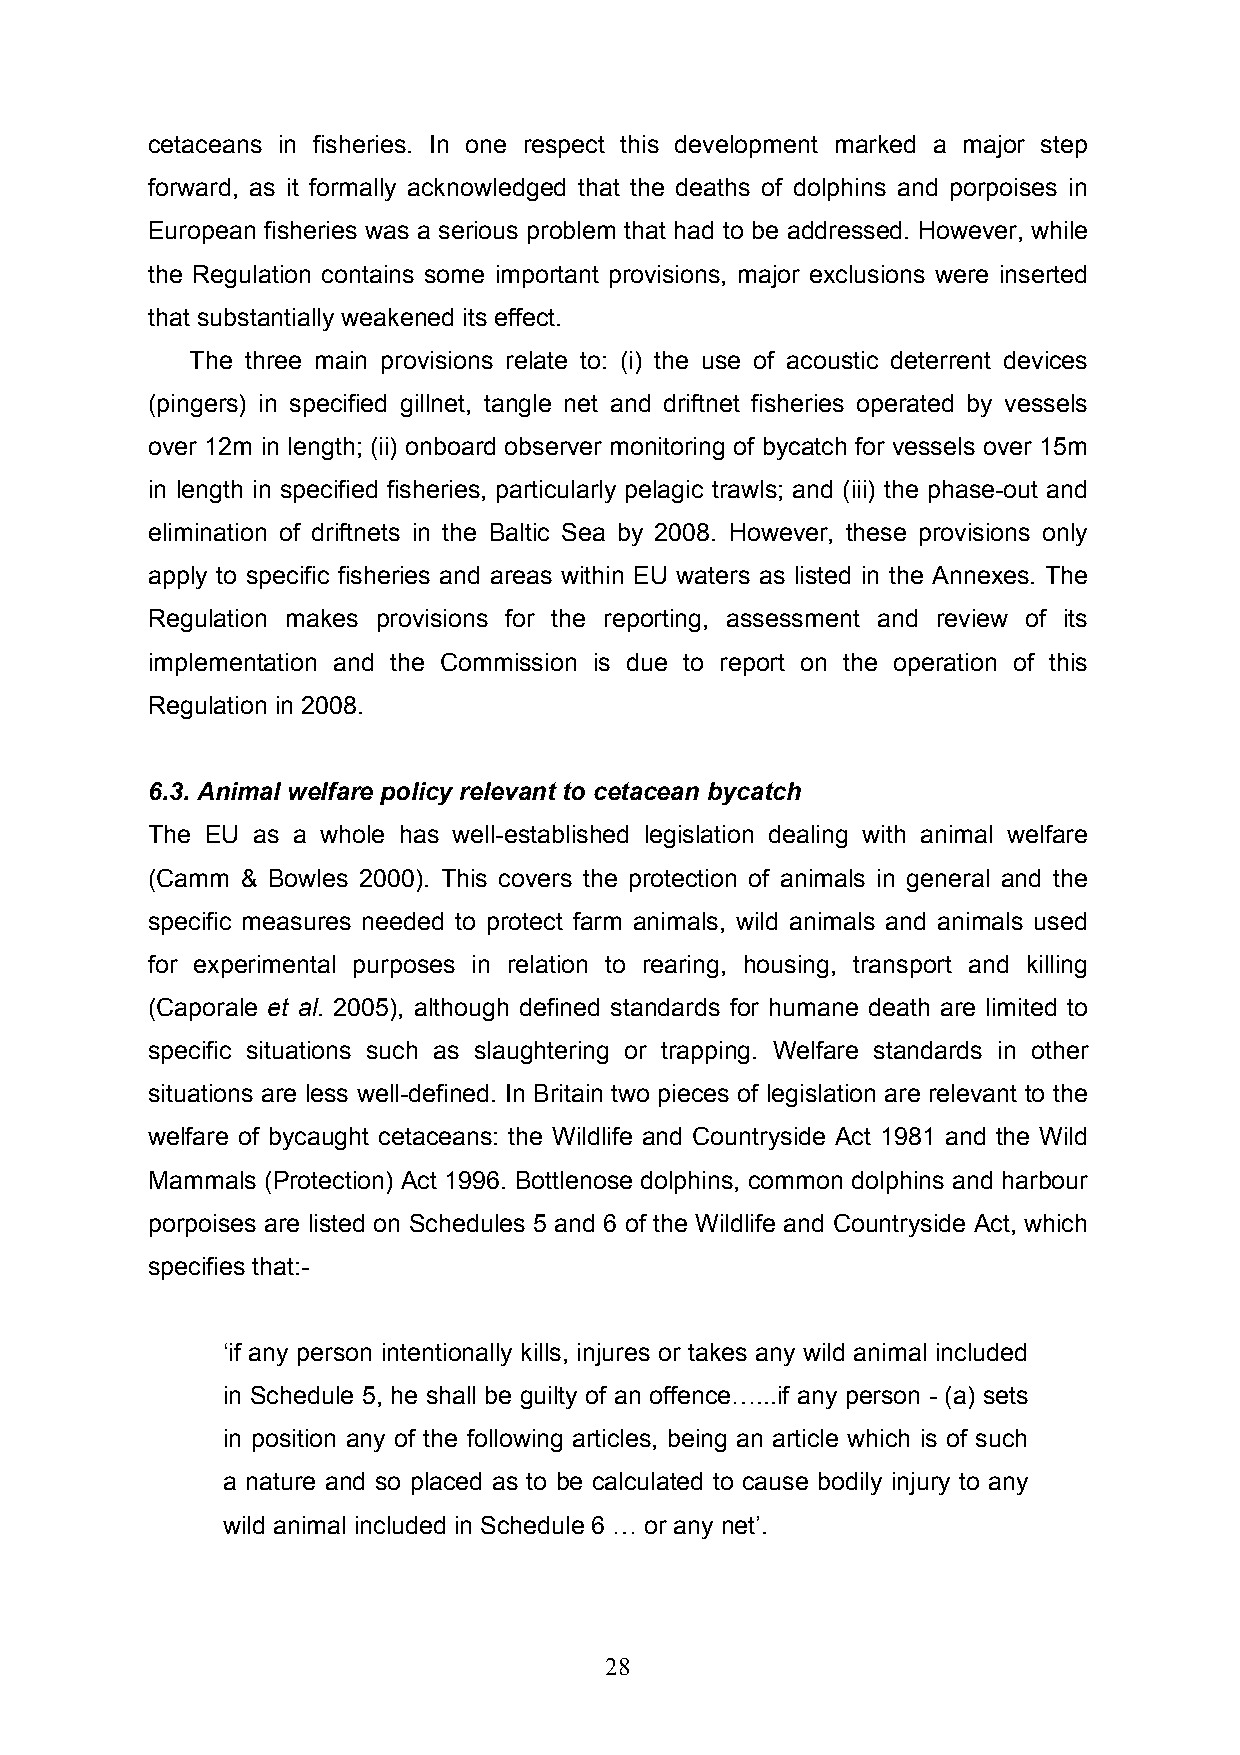
cetaceans in fisheries. In one respect this development marked a major step
 forward, as it formally acknowledged that the deaths of dolphins and porpoises in
 European fisheries was a serious problem that had to be addressed. However, while
 the Regulation contains some important provisions, major exclusions were inserted
 that substantially weakened its effect.
 The three main provisions relate to: (i) the use of acoustic deterrent devices
 (pingers) in specified gillnet, tangle net and driftnet fisheries operated by vessels
 over 12m in length; (ii) onboard observer monitoring of bycatch for vessels over 15m
 in length in specified fisheries, particularly pelagic trawls; and (iii) the phase-out and
 elimination of driftnets in the Baltic Sea by 2008. However, these provisions only
 apply to specific fisheries and areas within EU waters as listed in the Annexes. The
 Regulation makes provisions for the reporting, assessment and review of its
 implementation and the Commission is due to report on the operation of this
 Regulation in 2008.
 6.3. Animal welfare policy relevant to cetacean bycatch
 The EU as a whole has well-established legislation dealing with animal welfare
 (Camm & Bowles 2000). This covers the protection of animals in general and the
 specific measures needed to protect farm animals, wild animals and animals used
 for experimental purposes in relation to rearing, housing, transport and killing
 (Caporale et al. 2005), although defined standards for humane death are limited to
 specific situations such as slaughtering or trapping. Welfare standards in other
 situations are less well-defined. In Britain two pieces of legislation are relevant to the
 welfare of bycaught cetaceans: the Wildlife and Countryside Act 1981 and the Wild
 Mammals (Protection) Act 1996. Bottlenose dolphins, common dolphins and harbour
 porpoises are listed on Schedules 5 and 6 of the Wildlife and Countryside Act, which
 specifies that:-
 ‘if any person intentionally kills, injures or takes any wild animal included
 in Schedule 5, he shall be guilty of an offence…...if any person - (a) sets
 in position any of the following articles, being an article which is of such
 a nature and so placed as to be calculated to cause bodily injury to any
 wild animal included in Schedule 6 … or any net’.
 28